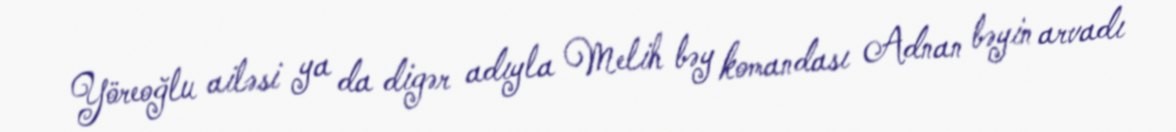
Yöreoğlu ailəsi ya da digər adıyla Melih bəy komandası Adnan bəyin arvadı